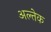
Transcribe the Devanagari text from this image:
अल्तेक